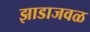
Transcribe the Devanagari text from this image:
झाडाजवळ